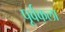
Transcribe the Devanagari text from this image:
पूर्वकला